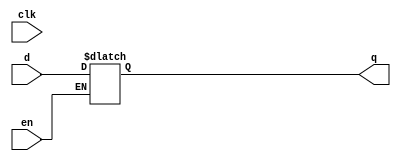
module latchp ( input d, clk, en, output reg q );
	always @*
		if ( en )
			q <= d;
endmodule

module latchn ( input d, clk, en, output reg q );
	always @*
		if ( !en )
			q <= d;
endmodule

module latchsr ( input d, clk, en, clr, pre, output reg q );
	always @*
		if ( clr )
			q <= 1'b0;
		else if ( pre )
			q <= 1'b1;
		else if ( en )
			q <= d;
endmodule